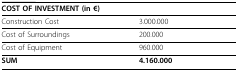
| <COLSPAN=2> COST OF INVESTMENT (in €) |
 | --- | --- |
 | Construction Cost | 3.000.000 |
 | Cost of Surroundings | 200.000 |
 | Cost of Equipment | 960.000 |
 | SUM | 4.160.000 |